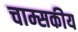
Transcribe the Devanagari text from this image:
चाम्सकीय